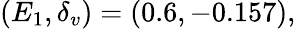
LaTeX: (E_{1},\delta_{v})=(0.6,-0.157),